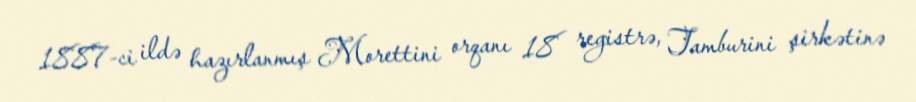
1887-ci ildə hazırlanmış Morettini orqanı 18 registrə, Tamburini şirkətinə